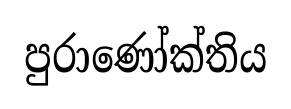
පුරාණෝක්තිය